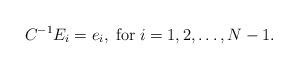
LaTeX: \begin{align*}C^{-1}E_i=e_i, \; {\rm for}\; i=1,2,\ldots,N-1.\end{align*}